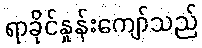
ရာခိုင်နှုန်းကျော်သည်